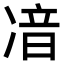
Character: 𠗥